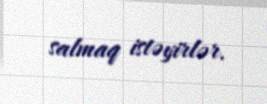
salmaq istəyirlər.